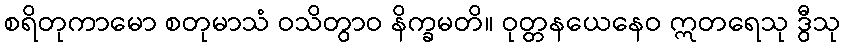
စရိတုကာမော စတုမာသံ ဝသိတွာဝ နိက္ခမတိ။ ဝုတ္တနယေနေဝ ဣတရေသု ဒွီသု